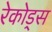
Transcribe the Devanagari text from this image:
रेकोड्स